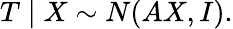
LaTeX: T\mid X\sim N(AX,I).